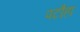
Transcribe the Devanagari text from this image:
पटौहा